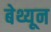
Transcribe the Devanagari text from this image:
बेथ्यून